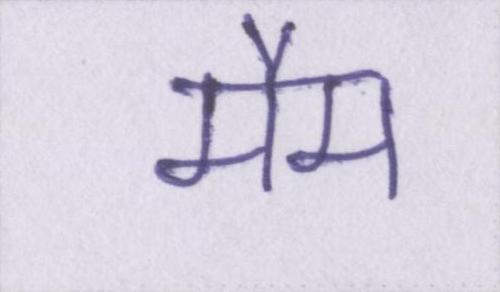
मैम